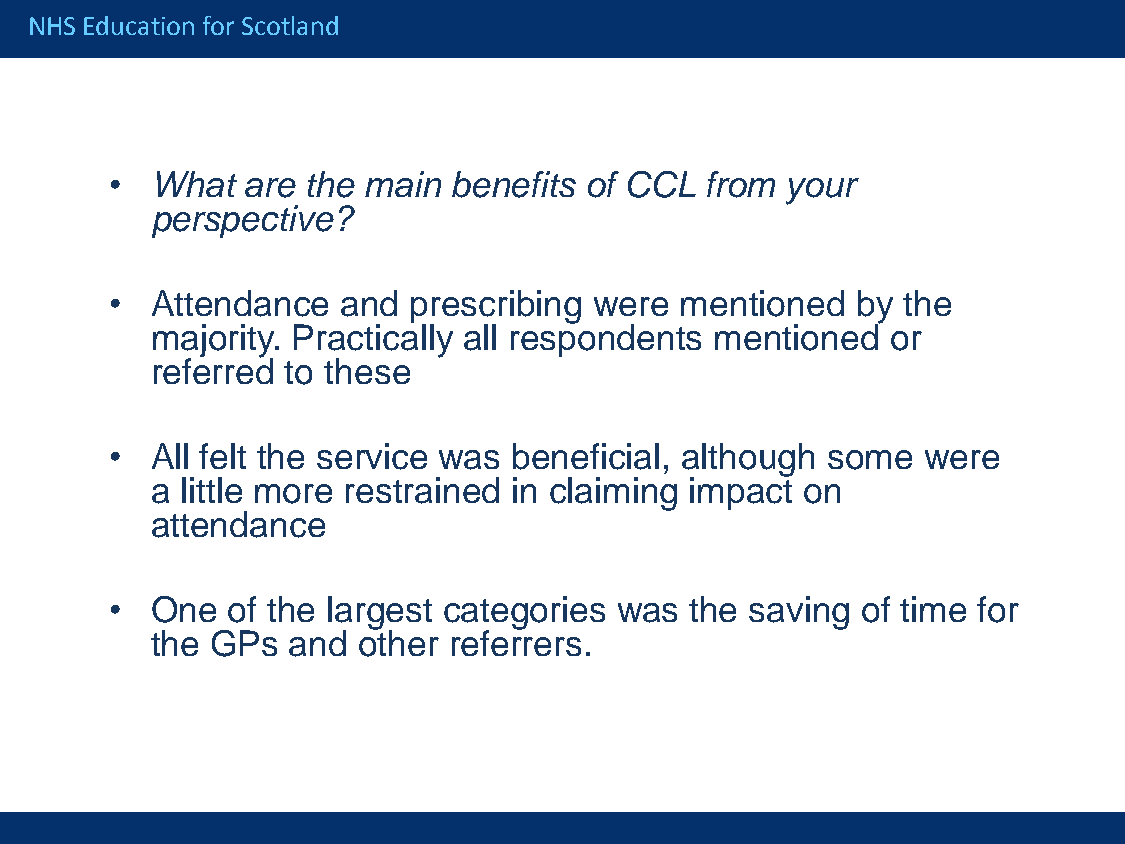
NHS Education for Scotland
 •  What  are the main  benefits of CCL  from your
 perspective?
 •  Attendance   and prescribing were  mentioned   by the
 majority. Practically all respondents mentioned  or
 referred to these
 •  All felt the service was beneficial, although some were
 a little more restrained in claiming impact on
 attendance
 •  One  of the largest categories was  the saving of time for
 the GPs  and  other referrers.